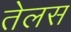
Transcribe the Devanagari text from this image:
तेलस